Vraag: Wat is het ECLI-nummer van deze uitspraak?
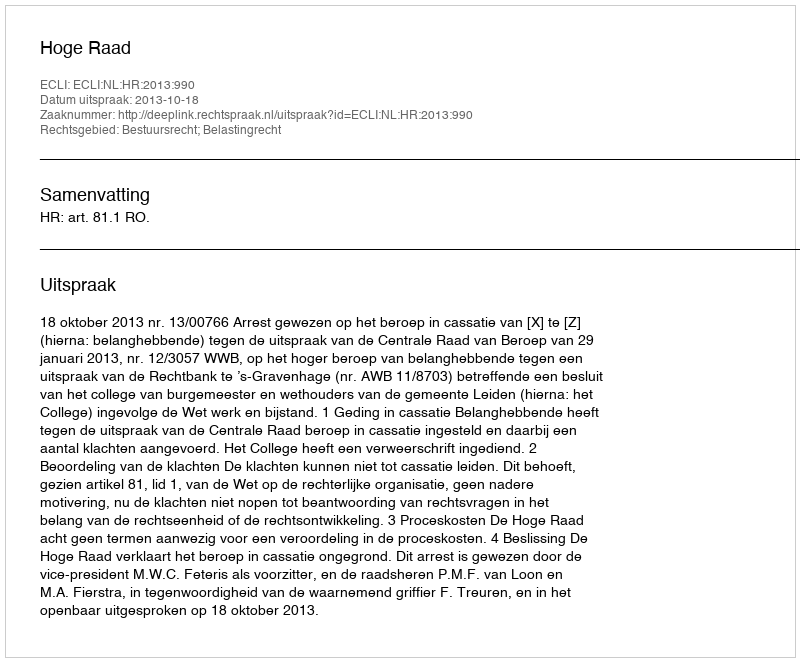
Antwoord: ECLI:NL:HR:2013:990